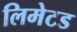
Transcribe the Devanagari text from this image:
लिमेटड